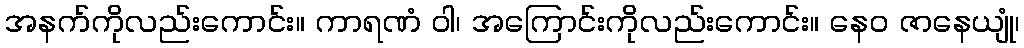
အနက်ကိုလည်းကောင်း။ ကာရဏံ ဝါ၊ အကြောင်းကိုလည်းကောင်း။ နေဝ ဇာနေယျုံ၊